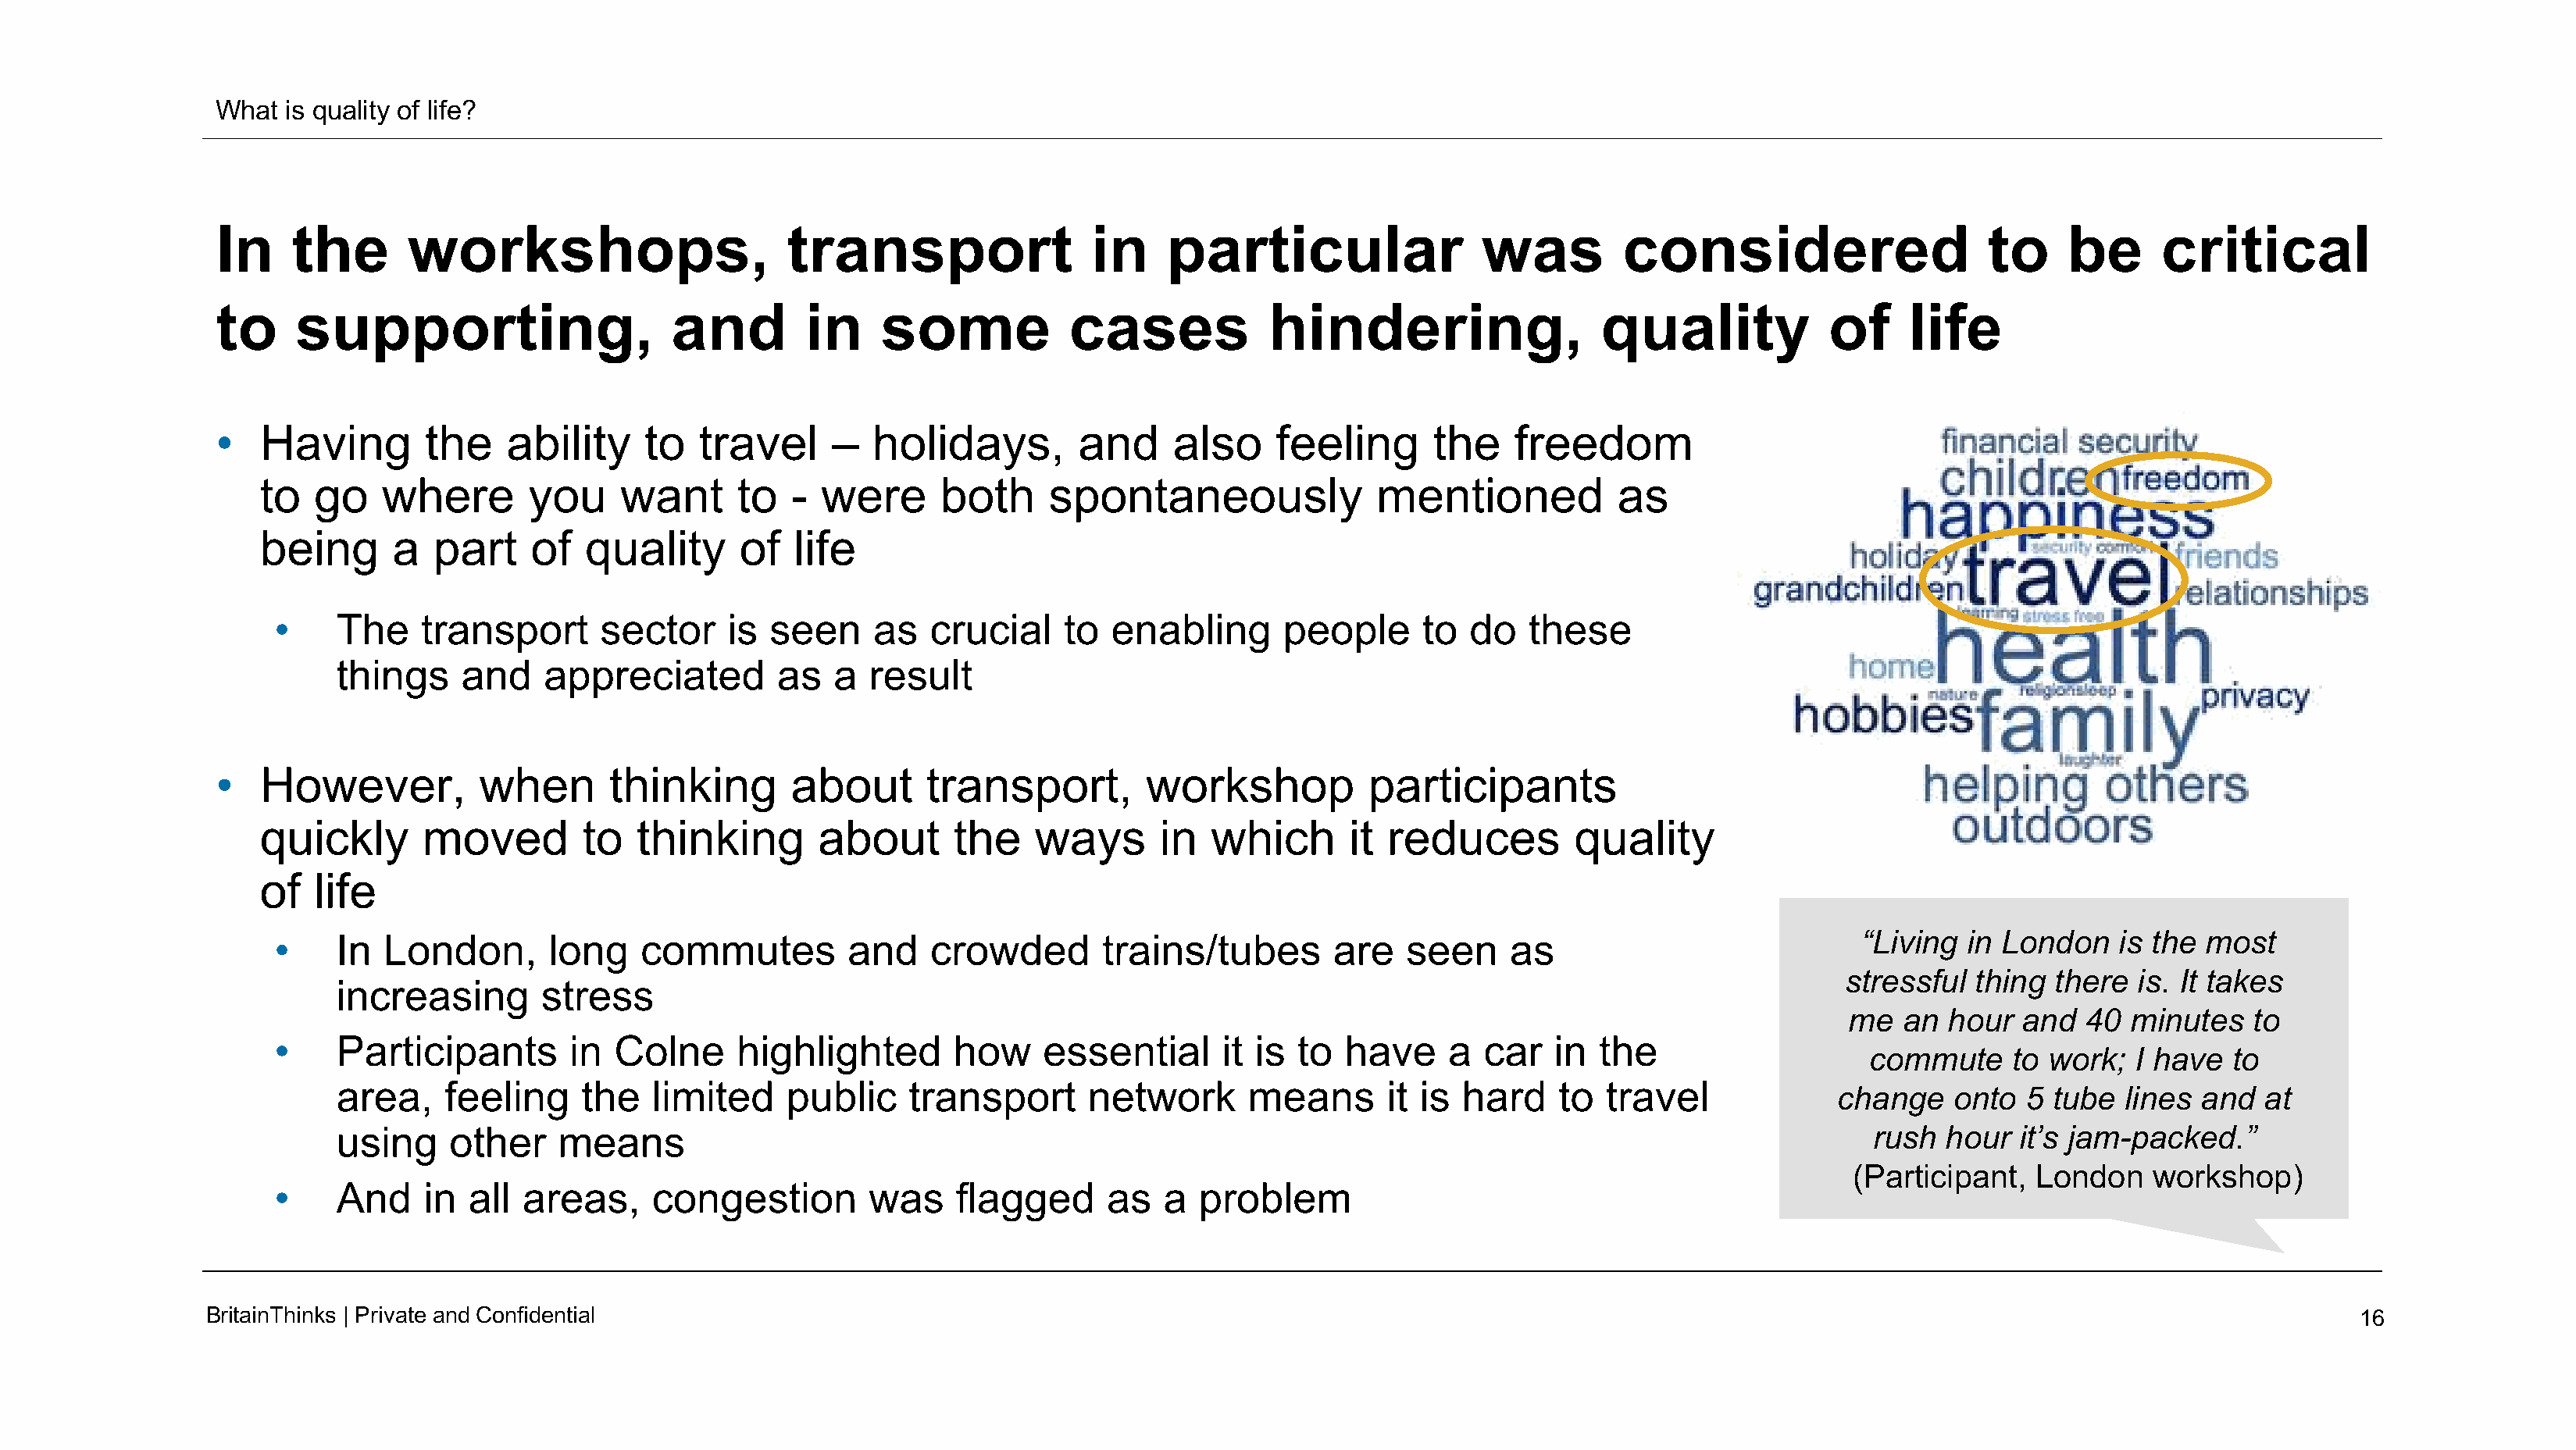
What  is quality of life?
 In     the       workshops,                      transport                in     particular                 was         considered                    to     be      critical
 to     supporting,                     and        in     some            cases           hindering,                   quality            of     life
 •   Having        the    ability     to  travel     –   holidays,        and     also     feeling      the    freedom
 to   go   where        you     want     to   -  were      both     spontaneously               mentioned           as
 being      a   part    of   quality      of  life
 •     The    transport      sector     is seen     as   crucial    to  enabling       people      to  do   these
 things    and    appreciated         as   a  result
 •   However,           when       thinking       about       transport,        workshop           participants
 quickly       moved        to   thinking       about       the    ways      in   which      it  reduces        quality
 of   life
 •     In  London,       long   commutes          and    crowded       trains/tubes        are   seen     as                            “Living  in London    is the most
 stressful  thing  there  is. It takes
 increasing       stress
 me  an  hour  and   40  minutes   to
 •     Participants       in  Colne     highlighted        how    essential       it is to  have     a  car   in  the
 commute      to work;  I have  to
 area,    feeling    the   limited     public    transport      network       means       it is hard    to  travel
 change    onto  5 tube  lines  and  at
 using    other    means                                                                                                           rush  hour  it’s jam-packed.”
 (Participant,   London   workshop)
 •     And    in  all areas,     congestion         was    flagged      as   a  problem
 BritainThinks | Private andConfidential                                                                                                                                                16